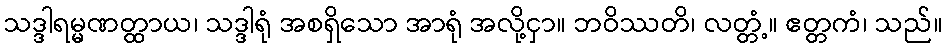
သဒ္ဒါရမ္မဏတ္ထာယ၊ သဒ္ဒါရုံ အစရှိသော အာရုံ အလို့ငှာ။ ဘဝိဿတိ၊ လတ္တံ့။ ဧတ္တကံ၊ သည်။